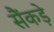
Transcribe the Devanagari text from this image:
सैंकड़े